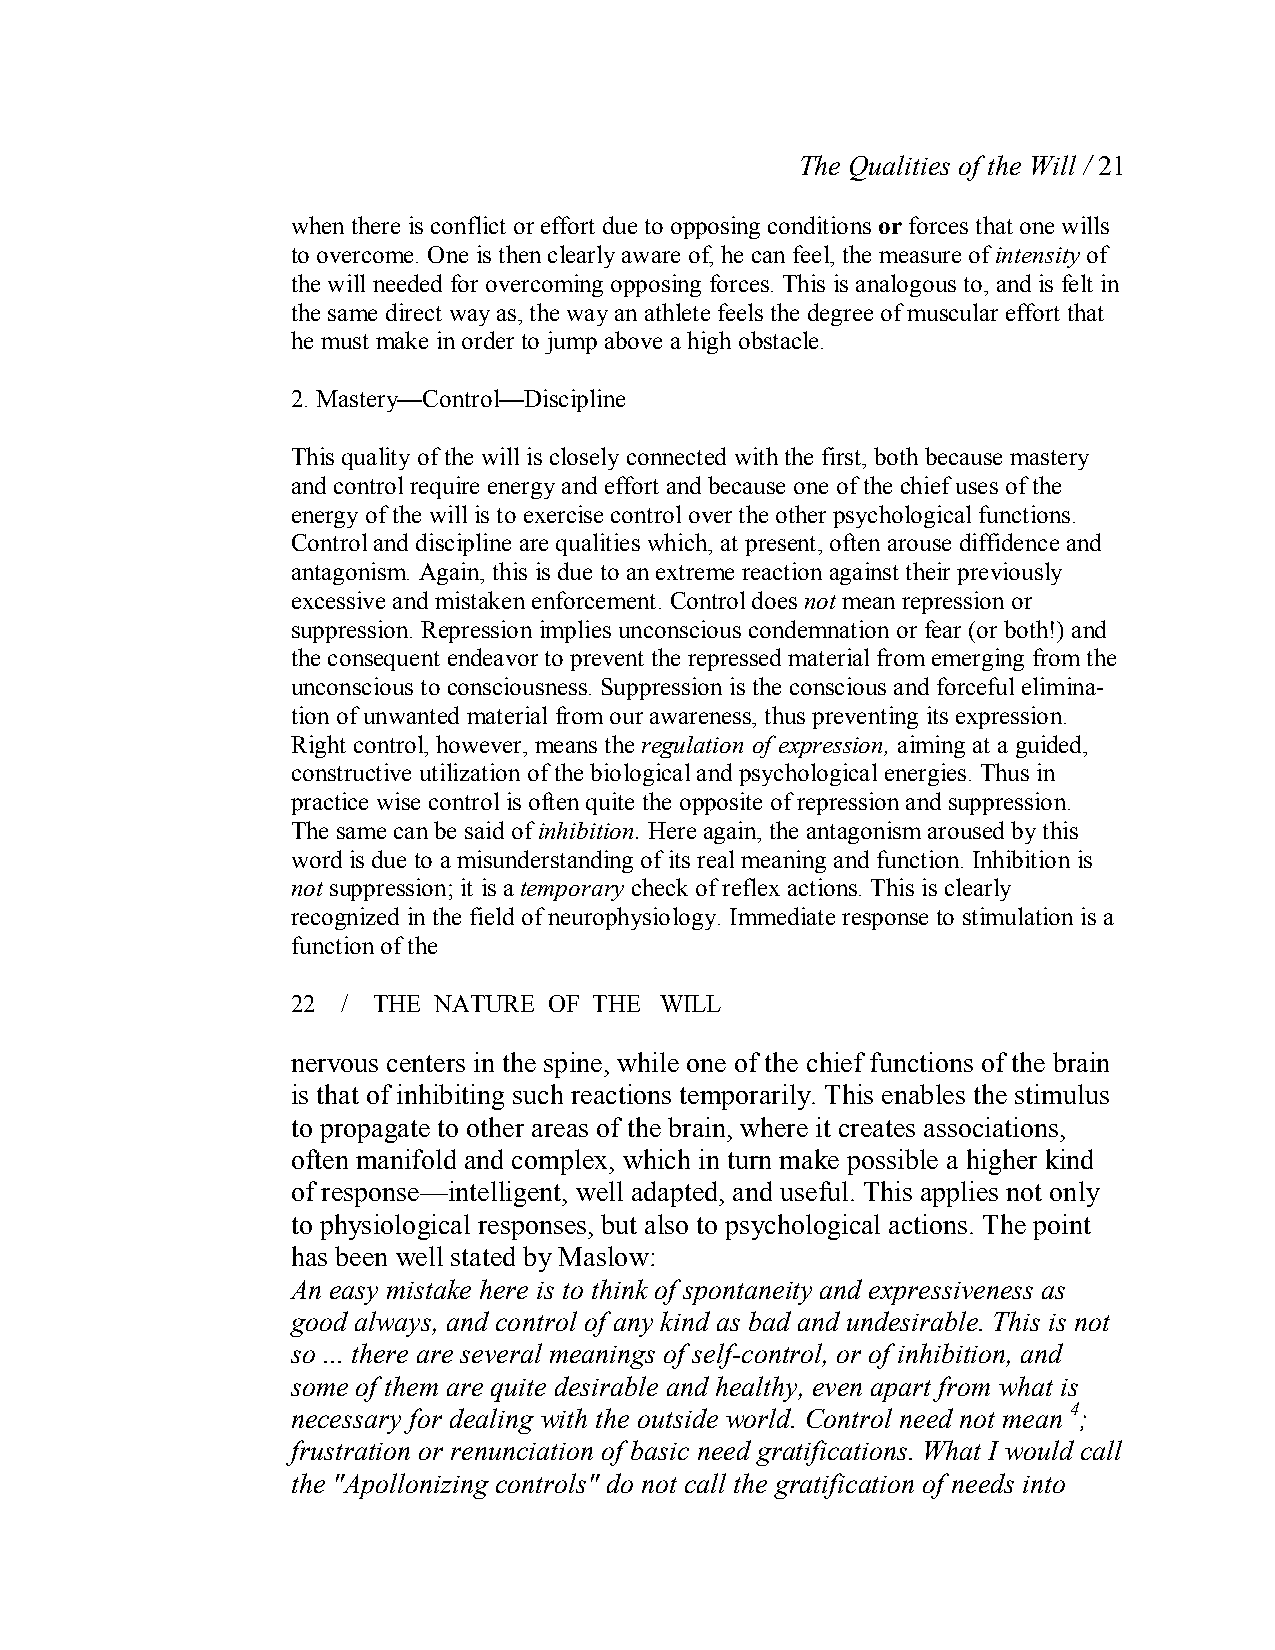
The Qualities of the Will / 21
 when there is conflict or effort due to opposing conditions or forces that one wills
 to overcome. One is then clearly aware of, he can feel, the measure ofintensity of
 the will needed for overcoming opposing forces. This is analogous to, and is felt in
 the same direct way as, the way an athlete feels the degree of muscular effort that
 he must make in order to jump above a high obstacle.
 2. Mastery—Control—Discipline
 This quality of the will is closely connected with the first, both because mastery
 and control require energy and effort and because one of the chief uses of the
 energy of the will is to exercise control over the other psychological functions.
 Control and discipline are qualities which, at present, often arouse diffidence and
 antagonism. Again, this is due to an extreme reaction against their previously
 excessive and mistaken enforcement. Control does not mean repression or
 suppression. Repression implies unconscious condemnation or fear (or both!) and
 the consequent endeavor to prevent the repressed material from emerging from the
 unconscious to consciousness. Suppression is the conscious and forceful elimina­
 tion of unwanted material from our awareness, thus preventing its expression.
 Right control, however, means the regulation of expression, aiming at a guided,
 constructive utilization of the biological and psychological energies. Thus in
 practice wise control is oftenquite the opposite of repression and suppression.
 The same can be said ofinhibition. Here again, the antagonism aroused by this
 word is due to a misunderstanding of its real meaning and function. Inhibition is
 not suppression; it is a temporary check ofreflex actions. This is clearly
 recognized in the field of neurophysiology. Immediate response to stimulation is a
 function of the
 22  / THE NATURE OF THE  WILL
 nervous centers in the spine, while one of the chief functions of the brain
 is that of inhibiting such reactions temporarily. This enables the stimulus
 to propagate to other areas of the brain, where it creates associations,
 often manifold and complex, which in turn make possible a higher kind
 of response—intelligent, well adapted, and useful. This applies not only
 to physiological responses, but also to psychological actions. The point
 has been well stated by Maslow:
 An easy mistake here is to think of spontaneity and expressiveness as
 good always, and control of any kind as bad and undesirable. This is not
 so ... there are several meanings of self­control, or of inhibition, and
 some of them are quite desirable and healthy, even apart from what is
 necessary for dealing with the outside world. Control need not mean 4 ;
 frustration or renunciation of basic need gratifications. What I would call
 the "Apollonizing controls" do not call the gratification of needs into